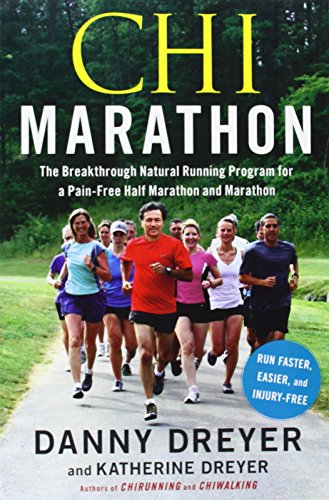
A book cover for Chi Marathon: The Breakthrough Natural Running Program for a Pain-Free Half Marathon and Marathon; Danny Dreyer; Health, Fitness & Dieting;